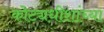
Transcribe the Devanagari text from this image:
कोट्यधीशांच्या